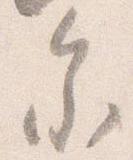
参